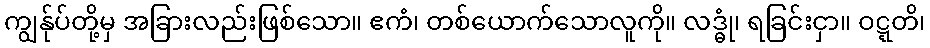
ကျွန်ုပ်တို့မှ အခြားလည်းဖြစ်သော။ ဧကံ၊ တစ်ယောက်သောလူကို။ လဒ္ဓုံ၊ ရခြင်းငှာ။ ဝဋ္ဋတိ၊